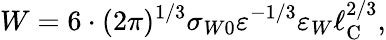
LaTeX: W=6\cdot(2\pi)^{1/3}\sigma_{W0}\varepsilon^{-1/3}\varepsilon_{W}\ell_{\mathrm{{C}}}^{2/3},